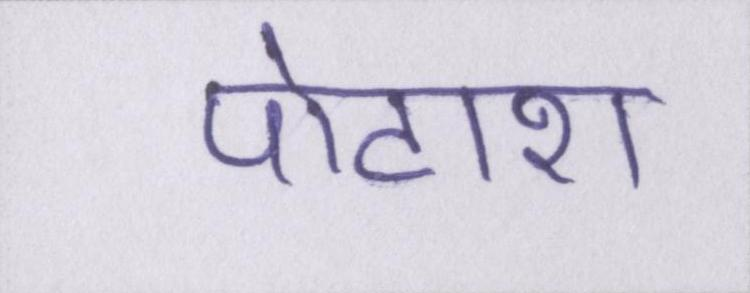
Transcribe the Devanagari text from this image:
पोटाश